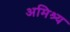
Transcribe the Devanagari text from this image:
अमिश्र्य